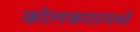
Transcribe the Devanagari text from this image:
कोलकतामध्ये